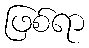
ဖြစ်ရာ